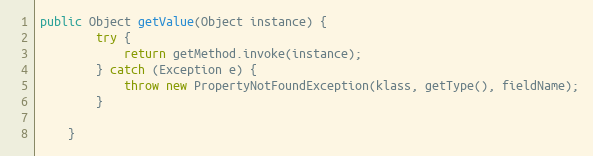
Language: Java
public Object getValue(Object instance) {
        try {
            return getMethod.invoke(instance);
        } catch (Exception e) {
            throw new PropertyNotFoundException(klass, getType(), fieldName);
        }

    }